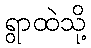
ရွာထဲသို့